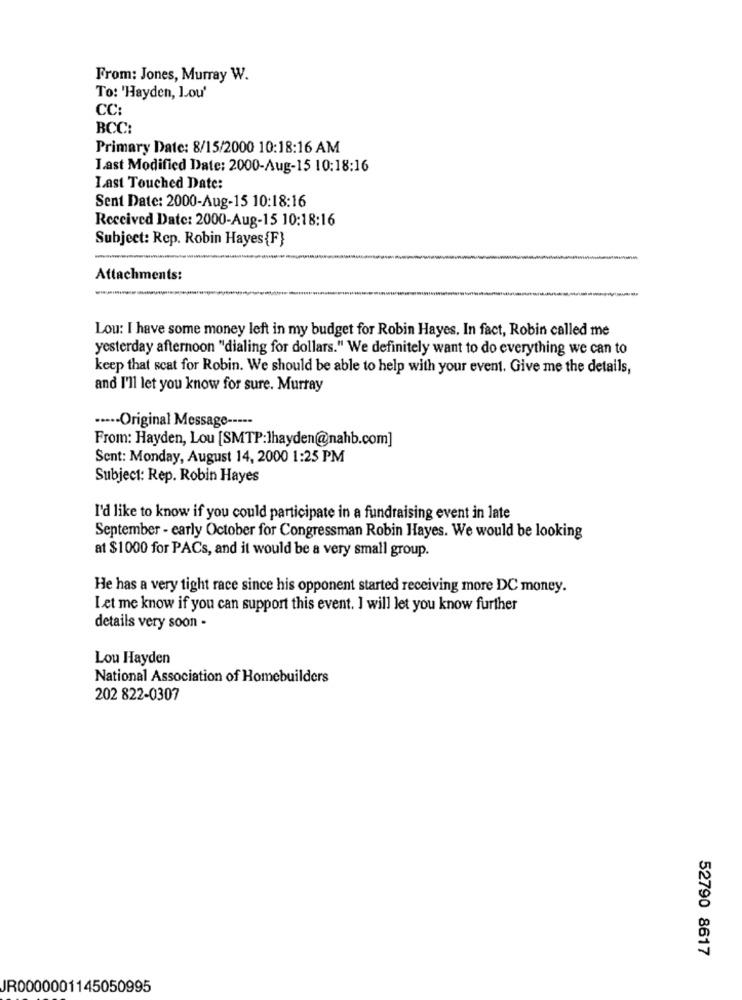
From: Jones, Murray W.
To: 'Hayden, Lou'
CC
BCC:
Primary Date: 8/15/2000 10:18:16 AM
Last Modified Date: 2000-Aug-15 10:18:16
Last Touched Date:
Sent Date: 2000-Aug-15 10:18:16
Received Date: 2000-Aug-15 10:18:16
Subject: Rep. Robin Hayes {F}
Attachments:
Lou: I have some money left in my budget for Robin Hayes. In fact, Robin called me
yesterday afternoon "dialing for dollars." We definitely want to do everything we can to
keep that scat for Robin. We should be able to help with your event. Give me the details,
and I'll let you know for sure. Murray
····- Original Message -----
From: Hayden, Lou [SMTP:]hayden@nahb.com]
Sent: Monday, August 14, 2000 1:25 PM
Subject: Rep. Robin Hayes
I'd like to know if you could participate in a fundraising event in late
September - early October for Congressman Robin Hayes. We would be looking
at $1000 for PACs, and it would be a very small group.
He has a very tight race since his opponent started receiving more DC money.
Let me know if you can support this event. I will let you know further
details very soon -
Lou Hayden
National Association of Homebuilders
202 822-0307
52790 8617
JR0000001145050995